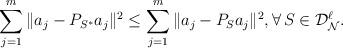
LaTeX: \begin{align*} \sum_{j=1}^{m} \|a_j-P_{S^*} a_j\|^2\le \sum_{j=1}^{m} \|a_j-P_{S} a_j\|^2, \forall \,S\in\mathcal{D}_{\mathcal{N}}^{\ell}.\end{align*}